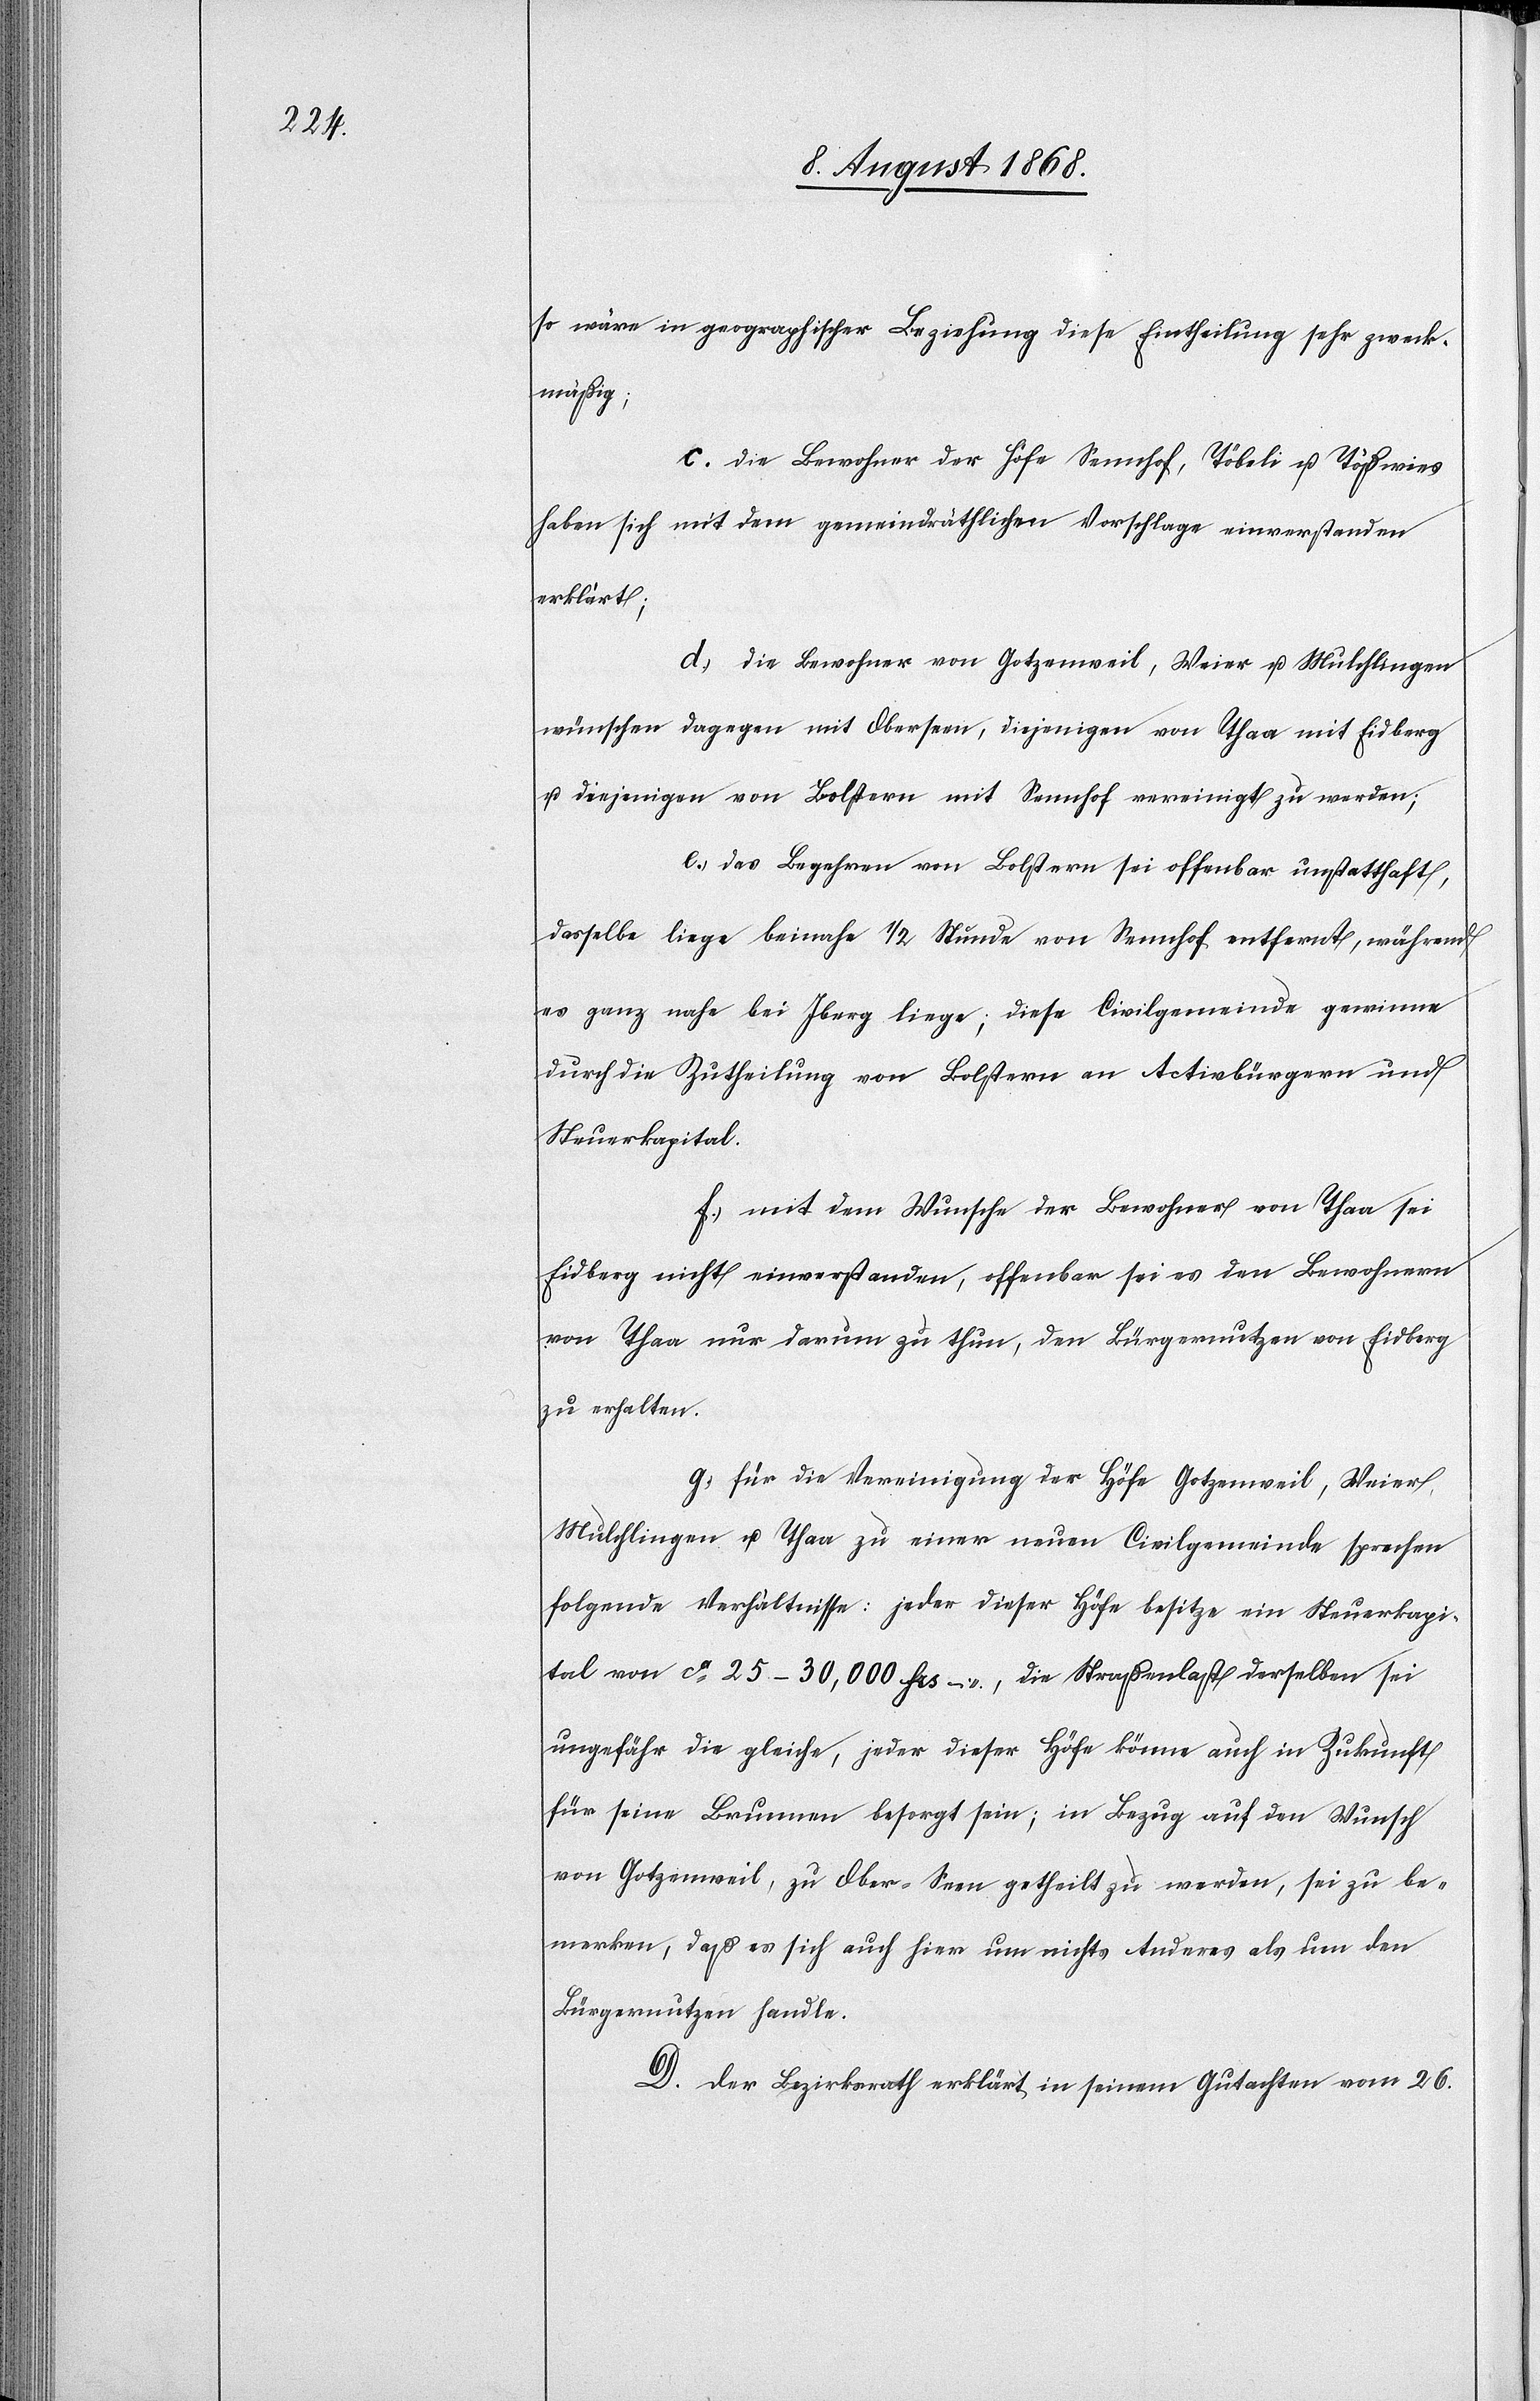
so wäre in geographischer Beziehung diese Eintheilung sehr zweck¬
mäßig;
c.) die Bewohner der Höfe Sennhof, Töbeli u. Tößwies
haben sich mit dem gemeindräthlichen Vorschlage einverstanden
erklärt;
d.) die Bewohner von Gotzenweil, Weier u. Mulchlingen
wünschen dagegen mit Oberseen, diejenigen von Thaa mit Eidberg
u. diejenigen von Bolstern mit Sennhof vereinigt zu werden;
e.) das Begehren von Bolstern sei offenbar unstatthaft,
dasselbe liege beinahe 1/2 Stunde von Sennhof entfernt, während
es ganz nahe bei Iberg liege; diese Civilgemeinde gewinne
durch die Zutheilung von Bolstern an Activbürgern und
Steuerkapital.
f.) mit dem Wunsche der Bewohner von Thaa sei
Eidberg nicht einverstanden, offenbar sei es den Bewohnern
von Thaa nur darum zu thun, den Bürgernutzen von Eidberg
zu erhalten.
g.) für die Vereinigung der Höfe Gotzenweil, Weier,
Mulchlingen u. Thaa zu einer neuen Civilgemeinde sprechen
folgende Verhältnisse: jeder dieser Höfe besitze ein Steuerkapi¬
tal von ca 25–30,000 Frs –, die Straßenlast derselben sei
ungefähr die gleiche, jeder dieser Höfe könne auch in Zukunft
für seine Brunnen besorgt sein; in Bezug auf den Wunsch
von Gotzenweil, zu Ober-Seen getheilt zu werden, sei zu be¬
merken, daß es sich auch hier um nichts Anderes als um den
Bürgernutzen handle.
D. Der Bezirksrath erklärt in seinem Gutachten vom 26.